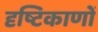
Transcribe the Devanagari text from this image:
दृष्टिकाणों